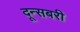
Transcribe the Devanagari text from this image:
दून्सबरी